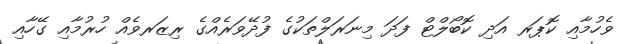
ވެހުމާއި ކޮޕަރ އަދި ކޮބޯލްޓް ފަދަ މިނަރަލްތަކުގެ ފުދޭވަރެއްގެ ރިޒަރވެއް ހުރުމާއި ގޭހާއި